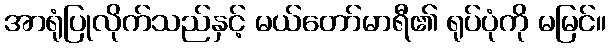
အာရုံပြုလိုက်သည်နှင့် မယ်တော်မာရီ၏ ရုပ်ပုံကို မမြင်။